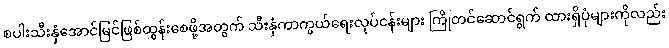
စပါးသီးနှံအောင်မြင်ဖြစ်ထွန်းစေဖို့အတွက် သီးနှံကာကွယ်ရေးလုပ်ငန်းများ ကြိုတင်ဆောင်ရွက် ထားရှိပုံများကိုလည်း